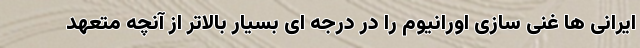
ایرانی ها غنی سازی اورانیوم را در درجه ای بسیار بالاتر از آنچه متعهد